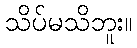
သိပ်မသိဘူး။